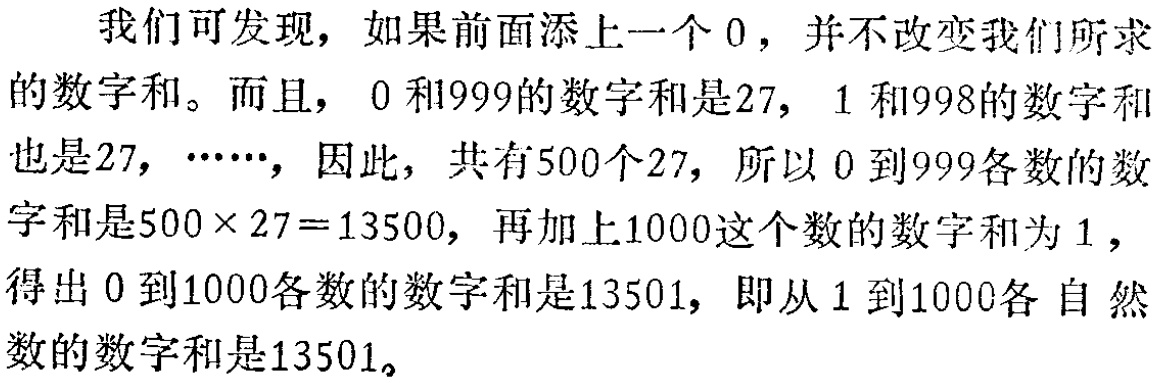
我们可发现，如果前面添上一个 0，并不改变我们所求的数字和。而且，0 和999的数字和是27，1 和998的数字和也是27，……，因此，共有500个27，所以 0 到999各数的数字和是\(500\times 27 = 13500\)，再加上1000这个数的数字和为 1 ，得出 0 到1000各数的数字和是13501，即从 1 到1000各自然数的数字和是13501。